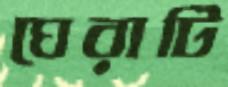
ঘেরাটি